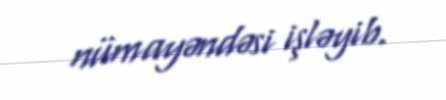
nümayəndəsi işləyib.